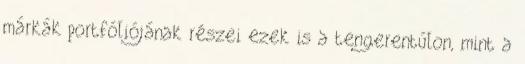
márkák portfóliójának részei ezek is a tengerentúlon, mint a